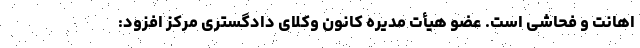
اهانت و فحاشی است. عضو هیأت مدیره کانون وکلای دادگستری مرکز افزود: